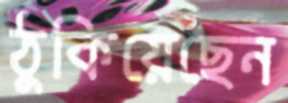
ঠুকিয়েছেন